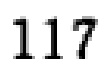
117